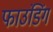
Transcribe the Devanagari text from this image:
फाउंडिंग